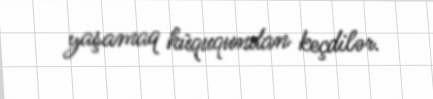
yaşamaq hüququndan keçdilər.